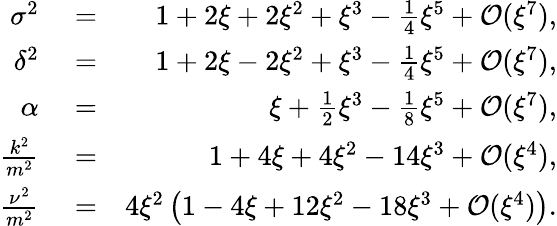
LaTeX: \begin{array}{rlr}{\sigma^{2}}&{{}=}&{1+2\xi+2\xi^{2}+\xi^{3}-\frac{1}{4}\xi^{5}+{\cal O}(\xi^{7}),}\\ {\delta^{2}}&{{}=}&{1+2\xi-2\xi^{2}+\xi^{3}-\frac{1}{4}\xi^{5}+{\cal O}(\xi^{7}),}\\ {\alpha}&{{}=}&{\xi+\frac{1}{2}\xi^{3}-\frac{1}{8}\xi^{5}+{\cal O}(\xi^{7}),}\\ {\frac{k^{2}}{m^{2}}}&{{}=}&{1+4\xi+4\xi^{2}-14\xi^{3}+{\cal O}(\xi^{4}),}\\ {\frac{\nu^{2}}{m^{2}}}&{{}=}&{4\xi^{2}\left(1-4\xi+12\xi^{2}-18\xi^{3}+{\cal O}(\xi^{4})\right).}\end{array}